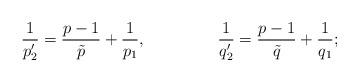
LaTeX: \begin{align*} &\frac{1}{p'_2} = \frac{p-1}{\tilde{p}} + \frac{1}{p_1},& &\frac{1}{q'_2} = \frac{p-1}{\tilde{q}} + \frac{1}{q_1};&\end{align*}